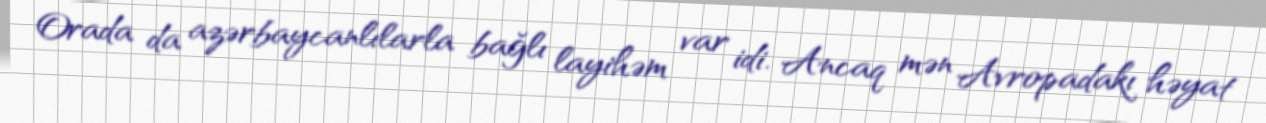
Orada da azərbaycanlılarla bağlı layihəm var idi. Ancaq mən Avropadakı həyat